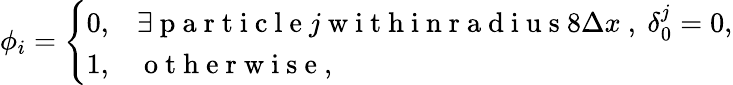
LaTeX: \phi_{i}=\left\{ \begin{array}{ll}{0,}&{\exists\mathrm{~p~a~r~t~i~c~l~e~}j\mathrm{~w~i~t~h~i~n~r~a~d~i~u~s~}8\Delta x\mathrm{~,~}\delta_{0}^{j}=0,}\\ {1,}&{\mathrm{~o~t~h~e~r~w~i~s~e~,~}}\end{array}\right.